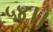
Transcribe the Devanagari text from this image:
५४।।